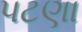
પટણા